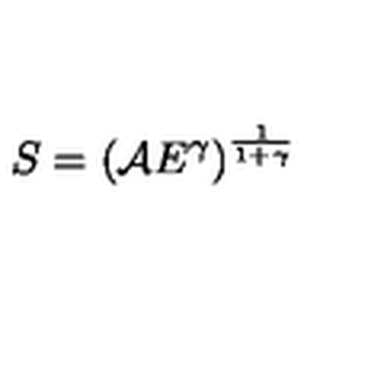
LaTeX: S = \left( { \cal A } E ^ { \gamma } \right) ^ { \frac { 1 } { 1 + \gamma } }